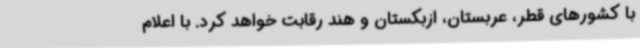
با کشورهای قطر، عربستان، ازبکستان و هند رقابت خواهد کرد. با اعلام